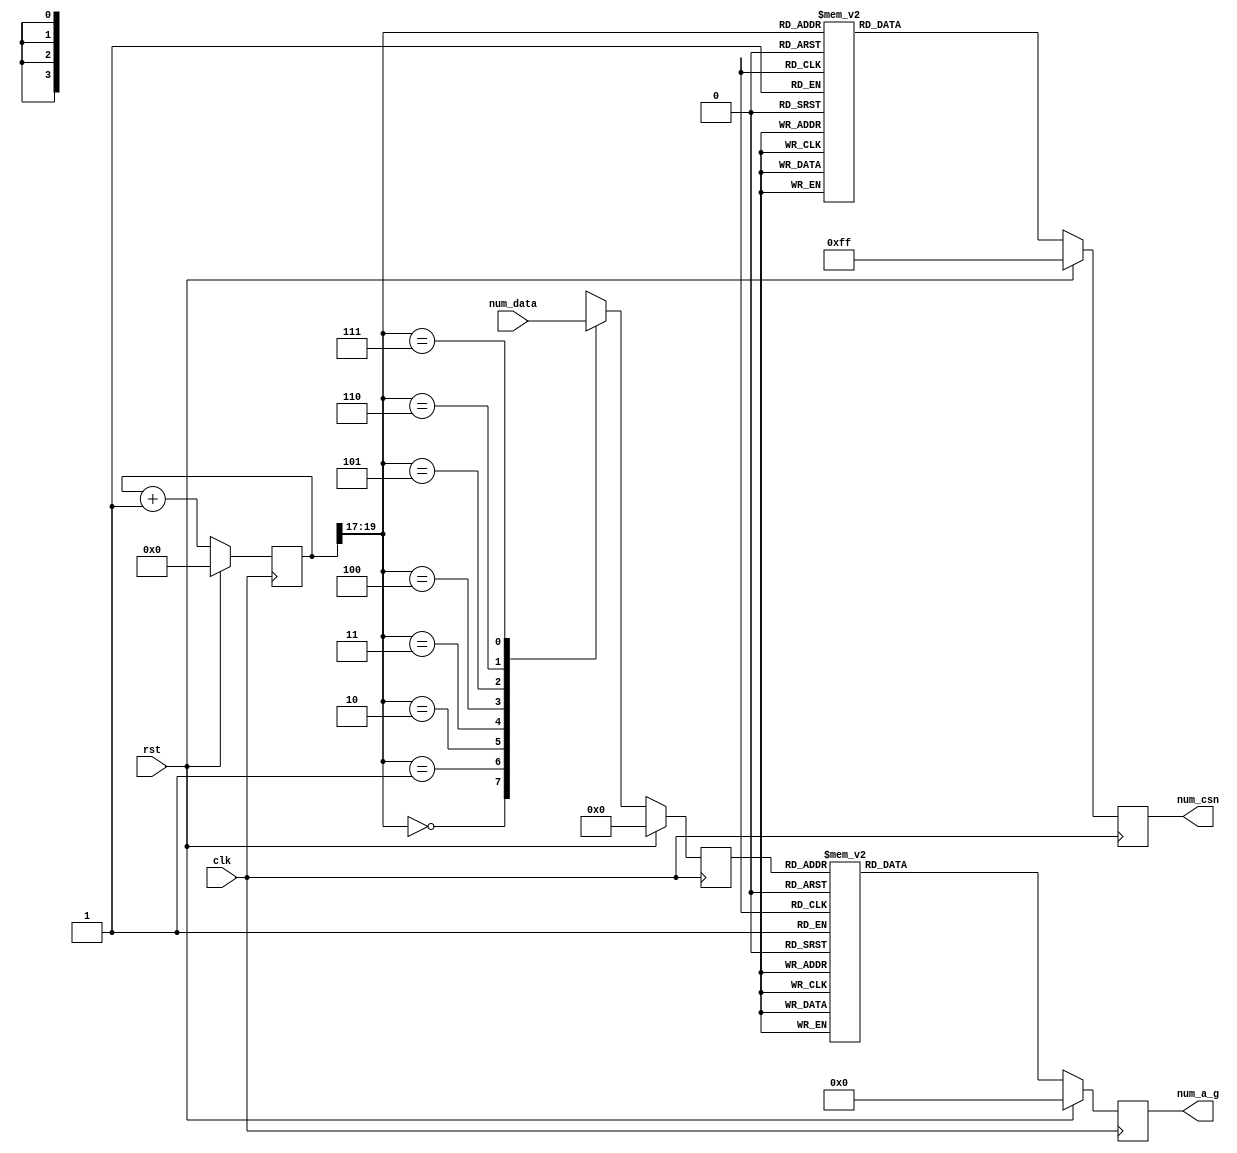
module seg7 (
    input wire clk,
    input wire rst,
    input wire [31: 0] num_data,
    
    output reg [7 :0] num_csn,
    output reg [6 :0] num_a_g
);

    reg [19:0] count;
    always @(posedge clk)
    begin
        if(rst)
        begin
            count <= 20'd0;
        end
        else
        begin
            count <= count + 1'b1;
        end
    end
    //scan data
    reg [3:0] scan_data;
    always @ ( posedge clk )  
    begin
        if ( rst )
        begin
            scan_data <= 4'd0;  
            num_csn   <= 8'b1111_1111;
        end
        else
        begin
            case(count[19:17])
                3'b000 : scan_data <= num_data[31:28];
                3'b001 : scan_data <= num_data[27:24];
                3'b010 : scan_data <= num_data[23:20];
                3'b011 : scan_data <= num_data[19:16];
                3'b100 : scan_data <= num_data[15:12];
                3'b101 : scan_data <= num_data[11: 8];
                3'b110 : scan_data <= num_data[7 : 4];
                3'b111 : scan_data <= num_data[3 : 0];
            endcase

            case(count[19:17])
                3'b000 : num_csn <= 8'b0111_1111;
                3'b001 : num_csn <= 8'b1011_1111;
                3'b010 : num_csn <= 8'b1101_1111;
                3'b011 : num_csn <= 8'b1110_1111;
                3'b100 : num_csn <= 8'b1111_0111;
                3'b101 : num_csn <= 8'b1111_1011;
                3'b110 : num_csn <= 8'b1111_1101;
                3'b111 : num_csn <= 8'b1111_1110;
            endcase
        end
    end

    always @(posedge clk)
    begin
        if ( rst )
        begin
            num_a_g <= 7'b0000000;
        end
        else
        begin
            case ( scan_data )
                4'd0 : num_a_g <= 7'b0000001;   //0
                4'd1 : num_a_g <= 7'b1001111;   //1
                4'd2 : num_a_g <= 7'b0010010;  //2
                4'd3 : num_a_g <= 7'b0000110;  //3
                4'd4 : num_a_g <= 7'b1001100;  //4
                4'd5 : num_a_g <= 7'b0100100;  //5
                4'd6 : num_a_g <= 7'b0100000;  //6
                4'd7 : num_a_g <= 7'b0001111;  //7
                4'd8 : num_a_g <= 7'b0000000; //8
                4'd9 : num_a_g <= 7'b0000100;  //9
                4'd10: num_a_g <= 7'b0001000;  //a
                4'd11: num_a_g <= 7'b1100000;  //b
                4'd12: num_a_g <= 7'b0110001;  //c
                4'd13: num_a_g <= 7'b1000010;  //d
                4'd14: num_a_g <= 7'b0110000;  //e
                4'd15: num_a_g <= 7'b0111000;  //f
                // 4'd0 : num_a_g <= 7'b1111110;   //0
                // 4'd1 : num_a_g <= 7'b0110000;   //1
                // 4'd2 : num_a_g <= 7'b1101101;   //2
                // 4'd3 : num_a_g <= 7'b1111001;   //3
                // 4'd4 : num_a_g <= 7'b0110011;   //4
                // 4'd5 : num_a_g <= 7'b1011011;   //5
                // 4'd6 : num_a_g <= 7'b1011111;   //6
                // 4'd7 : num_a_g <= 7'b1110000;   //7
                // 4'd8 : num_a_g <= 7'b1111111;   //8
                // 4'd9 : num_a_g <= 7'b1111011;   //9
                // 4'd10: num_a_g <= 7'b1110111;   //a
                // 4'd11: num_a_g <= 7'b0011111;   //b
                // 4'd12: num_a_g <= 7'b1001110;   //c
                // 4'd13: num_a_g <= 7'b0111101;   //d
                // 4'd14: num_a_g <= 7'b1001111;   //e
                // 4'd15: num_a_g <= 7'b1000111;   //f
            endcase
        end
    end
endmodule